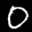
Label: 0